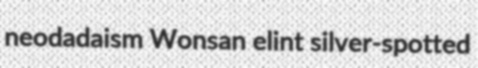
neodadaism Wonsan elint silver-spotted